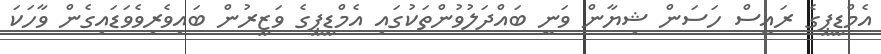
އެމްޑީޕީގެ ރައީސް ހަސަން ޝިޔާން ވަނީ ބައްދަލުވުންތަކުގައި އެމްޑީޕީގެ ވަޒީރުން ބައިވެރިވެވަޑައިގެން ވާހަކަ